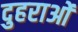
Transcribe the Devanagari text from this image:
दुहराओं